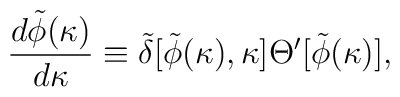
{d\tilde\phi(\kappa)\over{d\kappa}}\equiv\tilde\delta[\tilde\phi(\kappa),\kappa]\Theta^\prime[\tilde\phi(\kappa)],